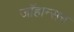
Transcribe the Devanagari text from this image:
जाॅहान्सन